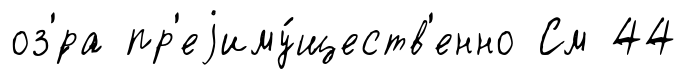
оз'́ра пр'еjиму́ществ'енно См 44